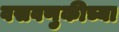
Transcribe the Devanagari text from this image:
वसवणुकीच्या